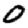
Digit: 0